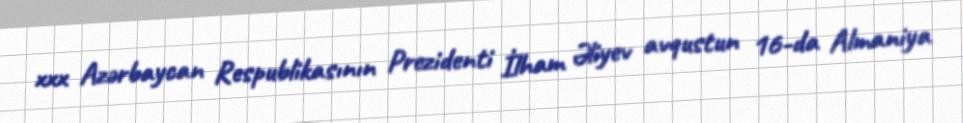
xxx Azərbaycan Respublikasının Prezidenti İlham Əliyev avqustun 16-da Almaniya